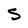
Character: S